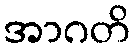
အာဂတိ